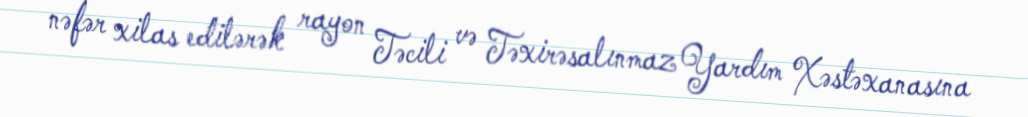
nəfər xilas edilərək rayon Təcili və Təxirəsalınmaz Yardım Xəstəxanasına